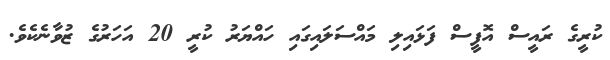
ކުރީގެ ރައީސް އޮފީސް ފަޅައިލި މައްސަލައިގައި ހައްޔަރު ކުރީ 20 އަހަރުގެ ޒުވާނެކެވެ.